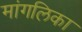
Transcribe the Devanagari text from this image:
मांगलिका